Source: Handwritten
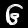
Digit: ၆ (6)